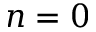
n = 0